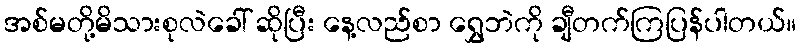
အစ်မတို့မိသားစုလဲခေါ် ဆိုပြီး နေ့လည်စာ ရွှေဘဲကို ချီတက်ကြပြန်ပါတယ်။